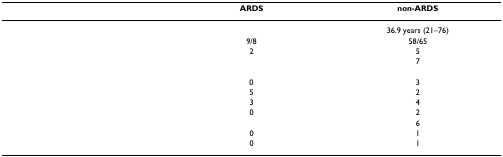
<table><thead><tr><td>[EMPTY_CELL]</td><td><b>ARDS</b></td><td><b>non-ARDS</b></td></tr></thead><tbody><tr><td>[EMPTY_CELL]</td><td>[EMPTY_CELL]</td><td>36.9 years (21–76)</td></tr><tr><td>[EMPTY_CELL]</td><td>9/8</td><td>58/65</td></tr><tr><td>[EMPTY_CELL]</td><td>2</td><td>5</td></tr><tr><td>[EMPTY_CELL]</td><td>[EMPTY_CELL]</td><td>7</td></tr><tr><td>[EMPTY_CELL]</td><td>[EMPTY_CELL]</td><td>[EMPTY_CELL]</td></tr><tr><td>[EMPTY_CELL]</td><td>0</td><td>3</td></tr><tr><td>[EMPTY_CELL]</td><td>5</td><td>2</td></tr><tr><td>[EMPTY_CELL]</td><td>3</td><td>4</td></tr><tr><td>[EMPTY_CELL]</td><td>0</td><td>2</td></tr><tr><td>[EMPTY_CELL]</td><td>[EMPTY_CELL]</td><td>6</td></tr><tr><td>[EMPTY_CELL]</td><td>0</td><td>1</td></tr><tr><td>[EMPTY_CELL]</td><td>0</td><td>1</td></tr></tbody></table>